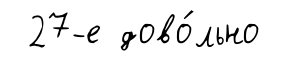
27-е дово́льно